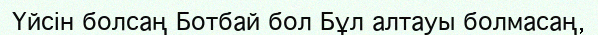
Үйсін болсаң Ботбай бол Бұл алтауы болмасаң,